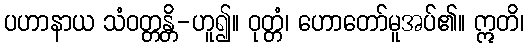
ပဟာနာယ သံဝတ္တန္တိ-ဟူ၍။ ဝုတ္တံ၊ ဟောတော်မူအပ်၏။ ဣတိ၊